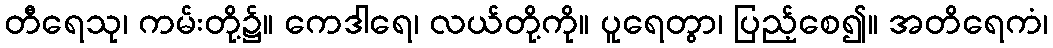
တီရေသု၊ ကမ်းတို့၌။ ကေဒါရေ၊ လယ်တို့ကို။ ပူရေတွာ၊ ပြည့်စေ၍။ အတိရေကံ၊